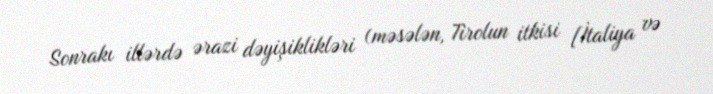
Sonrakı illərdə ərazi dəyişiklikləri (məsələn, Tirolun itkisi [İtaliya və